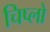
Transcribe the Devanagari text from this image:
चिप्लो